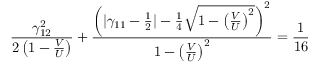
\frac { \gamma _ { 1 2 } ^ { 2 } } { 2 \left( 1 - \frac { V } { U } \right) } + \frac { \left( | \gamma _ { 1 1 } - \frac { 1 } { 2 } | - \frac { 1 } { 4 } \sqrt { 1 - \left( \frac { V } { U } \right) ^ { 2 } } \right) ^ { 2 } } { 1 - \left( \frac { V } { U } \right) ^ { 2 } } = \frac { 1 } { 1 6 }